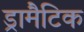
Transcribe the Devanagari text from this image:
ड्रामैटिक